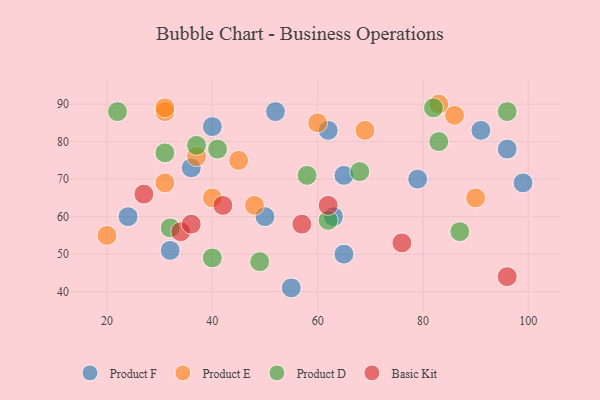
{"axis": {"x": "GDP", "y": "Life Expectancy"}, "legend": ["Basic Kit", "Product D", "Product E", "Product F"], "data": [{"x": "62", "y": 83, "type": "Product F"}, {"x": "40", "y": 84, "type": "Product F"}, {"x": "91", "y": 83, "type": "Product F"}, {"x": "63", "y": 60, "type": "Product F"}, {"x": "96", "y": 78, "type": "Product F"}, {"x": "79", "y": 70, "type": "Product F"}, {"x": "32", "y": 51, "type": "Product F"}, {"x": "36", "y": 73, "type": "Product F"}, {"x": "55", "y": 41, "type": "Product F"}, {"x": "50", "y": 60, "type": "Product F"}, {"x": "99", "y": 69, "type": "Product F"}, {"x": "65", "y": 50, "type": "Product F"}, {"x": "52", "y": 88, "type": "Product F"}, {"x": "65", "y": 71, "type": "Product F"}, {"x": "24", "y": 60, "type": "Product F"}, {"x": "48", "y": 63, "type": "Product E"}, {"x": "31", "y": 88, "type": "Product E"}, {"x": "31", "y": 89, "type": "Product E"}, {"x": "69", "y": 83, "type": "Product E"}, {"x": "20", "y": 55, "type": "Product E"}, {"x": "45", "y": 75, "type": "Product E"}, {"x": "37", "y": 76, "type": "Product E"}, {"x": "86", "y": 87, "type": "Product E"}, {"x": "90", "y": 65, "type": "Product E"}, {"x": "60", "y": 85, "type": "Product E"}, {"x": "83", "y": 90, "type": "Product E"}, {"x": "31", "y": 69, "type": "Product E"}, {"x": "40", "y": 65, "type": "Product E"}, {"x": "58", "y": 71, "type": "Product D"}, {"x": "96", "y": 88, "type": "Product D"}, {"x": "40", "y": 49, "type": "Product D"}, {"x": "49", "y": 48, "type": "Product D"}, {"x": "37", "y": 79, "type": "Product D"}, {"x": "32", "y": 57, "type": "Product D"}, {"x": "83", "y": 80, "type": "Product D"}, {"x": "68", "y": 72, "type": "Product D"}, {"x": "82", "y": 89, "type": "Product D"}, {"x": "62", "y": 59, "type": "Product D"}, {"x": "22", "y": 88, "type": "Product D"}, {"x": "41", "y": 78, "type": "Product D"}, {"x": "31", "y": 77, "type": "Product D"}, {"x": "87", "y": 56, "type": "Product D"}, {"x": "34", "y": 56, "type": "Basic Kit"}, {"x": "42", "y": 63, "type": "Basic Kit"}, {"x": "27", "y": 66, "type": "Basic Kit"}, {"x": "62", "y": 63, "type": "Basic Kit"}, {"x": "36", "y": 58, "type": "Basic Kit"}, {"x": "76", "y": 53, "type": "Basic Kit"}, {"x": "96", "y": 44, "type": "Basic Kit"}, {"x": "57", "y": 58, "type": "Basic Kit"}]}